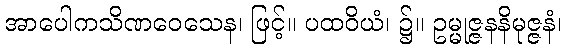
အာပေါကသိဏဝေသေန၊ ဖြင့်။ ပထဝိယံ၊ ၌။ ဥမ္မုဇ္ဇနနိမုဇ္ဇနံ၊